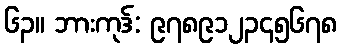
၆၃။ ဘားကုဒ်: ၉၇၈၉၁၂၃၄၅၆၇၈